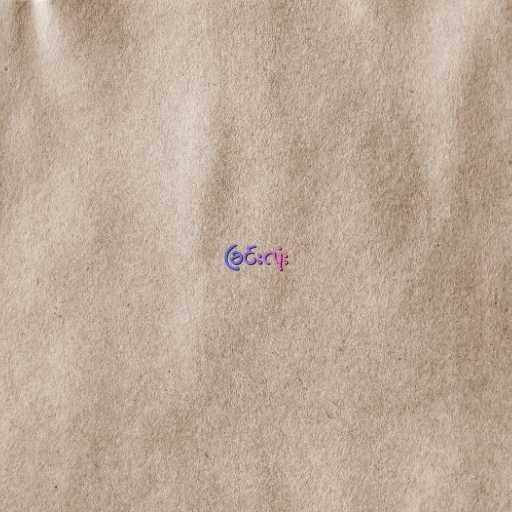
ခြင်းလုံး